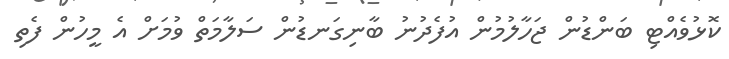
ކޮޅުވެއްޓި ބަންޑުން ޖަހާލުމުން އުފެދުނު ބާނިގަނޑުން ސަލާމަތް ވުމަށް އެ މީހުން ފެތި